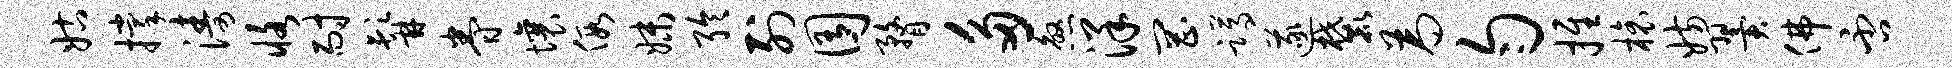
姑撑涛恪耐髯眷壤假妹聆列囿瞀多煞洋罔蹲遂麓为匀推榱妨翼佛否